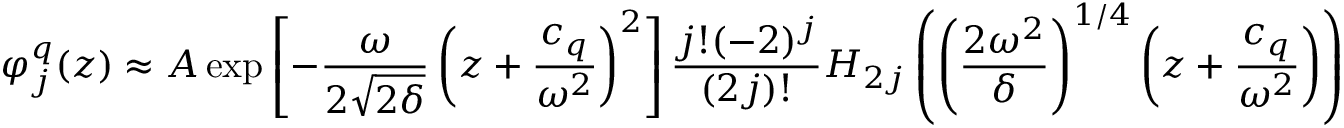
\varphi _ { j } ^ { q } ( z ) \approx A \exp \left[ - \frac { \omega } { 2 \sqrt { 2 \delta } } \left( z + \frac { c _ { q } } { \omega ^ { 2 } } \right) ^ { 2 } \right] \frac { j ! ( - 2 ) ^ { j } } { ( 2 j ) ! } H _ { 2 j } \left( \left( \frac { 2 \omega ^ { 2 } } { \delta } \right) ^ { 1 / 4 } \left( z + \frac { c _ { q } } { \omega ^ { 2 } } \right) \right)